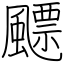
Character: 飃